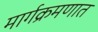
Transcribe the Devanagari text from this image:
मार्गक्रमणात